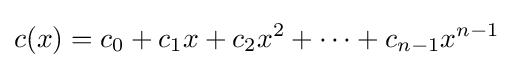
c(x)=c_{0}+c_{1}x+c_{2}x^{2}+\cdots +c_{n-1}x^{n-1}